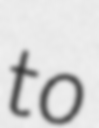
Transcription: to